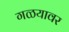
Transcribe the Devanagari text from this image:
गळयावर